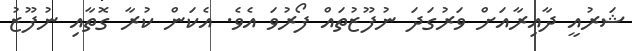
ޝަރުއީ ދާއިރާއަށް ވަރުގަދަ ނުފޫޒުތައް ފޯރުވަ އެވެ. އެކަން ކުރާ ގޮތާއި ނުފޫޒު